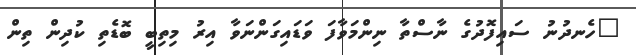
"ހެނދުނު ސައިފޮދުގެ ނާސްތާ ނިންމަވާފަ ވަޑައިގަންނަވާ އިރު މިތިބީ ބޮޑެތި ކުދިން ތިން